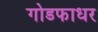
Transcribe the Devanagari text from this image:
गोडफाधर